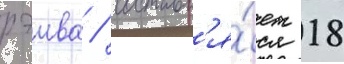
рэива / составл'я́ет 18